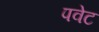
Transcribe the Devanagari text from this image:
पवेट